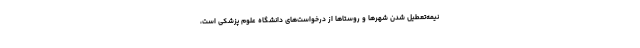
نیمه‌تعطیل شدن شهرها و روستاها از درخواست‌های دانشگاه علوم پزشکی است،